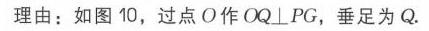
理由：如图 10，过点 \(O\) 作 \(OQ\perp PG\)，垂足为 \(Q\).